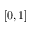
[ 0 , 1 ]